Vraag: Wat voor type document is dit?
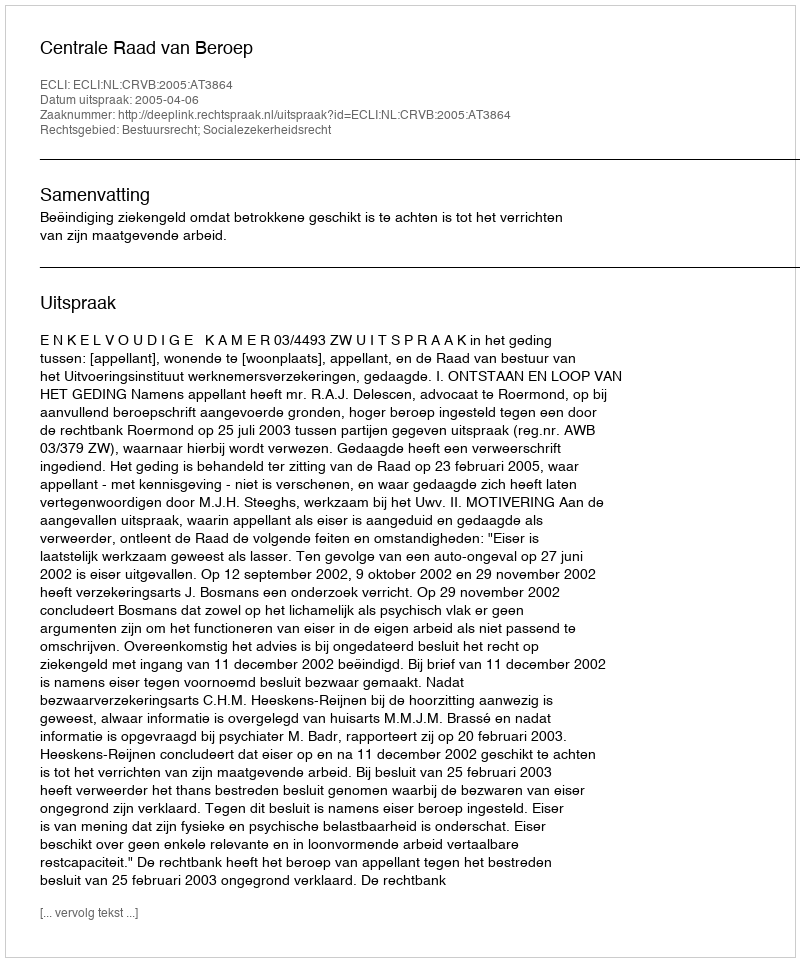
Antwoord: Uitspraak